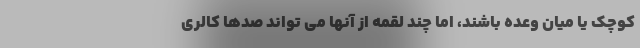
کوچک یا میان وعده باشند، اما چند لقمه از آنها می تواند صدها کالری